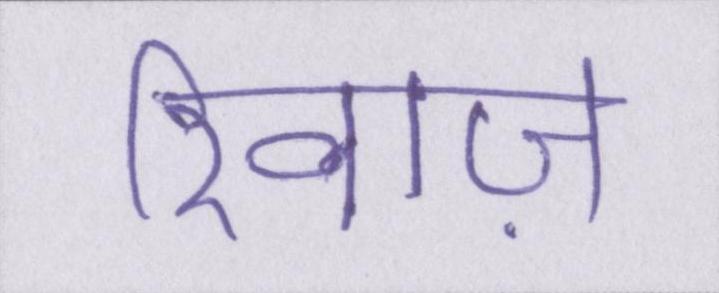
रिवाज़